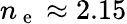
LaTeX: n_{\mathrm{~e~}}\approx 2.15